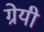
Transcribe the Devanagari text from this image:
ग्रेयी